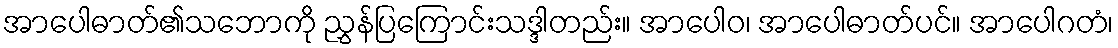
အာပေါဓာတ်၏သဘောကို ညွှန်ပြကြောင်းသဒ္ဒါတည်း။ အာပေါဝ၊ အာပေါဓာတ်ပင်။ အာပေါဂတံ၊